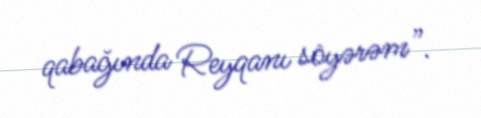
qabağında Reyqanı söyərəm”.